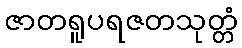
ဇာတရူပရဇတသုတ္တံ